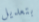
بتعديل